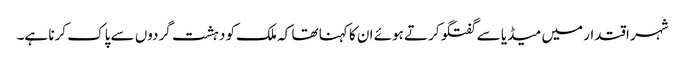
شہر اقتدار میں میڈیا سے گفتگو کرتے ہوئے ان کا کہنا تھا کہ ملک کو دہشت گردوں سے پاک کرنا ہے۔